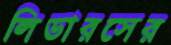
লিডারসের